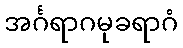
အင်္ဂရာဂမုခရာဂံ